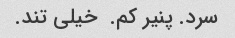
سرد. پنیر کم. ‌ خیلی تند.